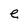
Character: e